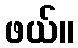
ဖယ်။